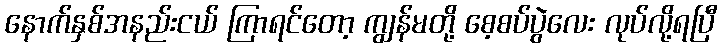
နောက်နှစ်အနည်းငယ် ကြာရင်တော့ ကျွန်မတို့ စေ့စပ်ပွဲလေး လုပ်လို့ရပြီ